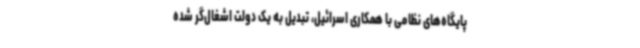
پایگاه‌های نظامی با همکاری اسرائیل، تبدیل به یک دولت اشغال‌گر شده